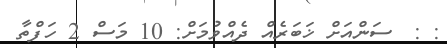
: :  ސަންއަށް ޚަބަރެއް ދެއްވުމަށް: 10 މަސް 2 ހަފްތާ